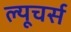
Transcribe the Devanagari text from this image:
ल्यूचर्स